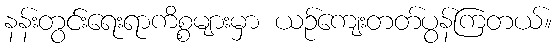
နန်းတွင်းရေးရာကိစ္စများမှာ ယဉ်ကျေးတတ်ပွန်ကြတယ်။